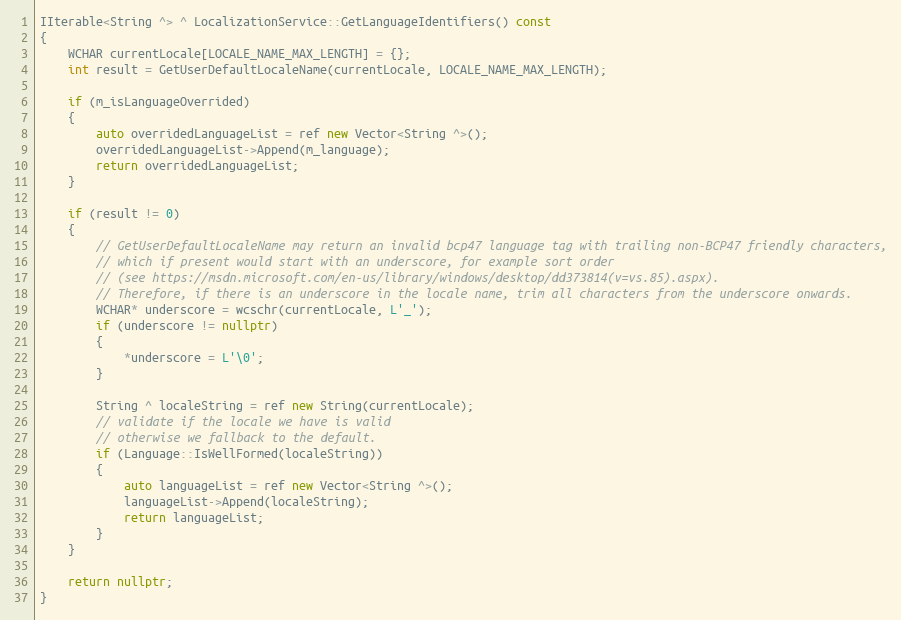
Language: C++
IIterable<String ^> ^ LocalizationService::GetLanguageIdentifiers() const
{
    WCHAR currentLocale[LOCALE_NAME_MAX_LENGTH] = {};
    int result = GetUserDefaultLocaleName(currentLocale, LOCALE_NAME_MAX_LENGTH);

    if (m_isLanguageOverrided)
    {
        auto overridedLanguageList = ref new Vector<String ^>();
        overridedLanguageList->Append(m_language);
        return overridedLanguageList;
    }

    if (result != 0)
    {
        // GetUserDefaultLocaleName may return an invalid bcp47 language tag with trailing non-BCP47 friendly characters,
        // which if present would start with an underscore, for example sort order
        // (see https://msdn.microsoft.com/en-us/library/windows/desktop/dd373814(v=vs.85).aspx).
        // Therefore, if there is an underscore in the locale name, trim all characters from the underscore onwards.
        WCHAR* underscore = wcschr(currentLocale, L'_');
        if (underscore != nullptr)
        {
            *underscore = L'\0';
        }

        String ^ localeString = ref new String(currentLocale);
        // validate if the locale we have is valid
        // otherwise we fallback to the default.
        if (Language::IsWellFormed(localeString))
        {
            auto languageList = ref new Vector<String ^>();
            languageList->Append(localeString);
            return languageList;
        }
    }

    return nullptr;
}